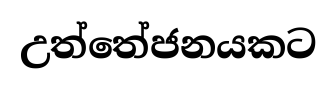
උත්තේජනයකට